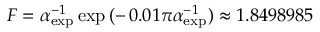
F = \alpha _ { \mathrm { e x p } } ^ { - 1 } \exp { ( - \, 0 . 0 1 \pi \alpha _ { \mathrm { e x p } } ^ { - 1 } ) } \approx 1 . 8 4 9 8 9 8 5